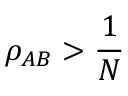
\rho _ { A B } > \frac { 1 } { N }